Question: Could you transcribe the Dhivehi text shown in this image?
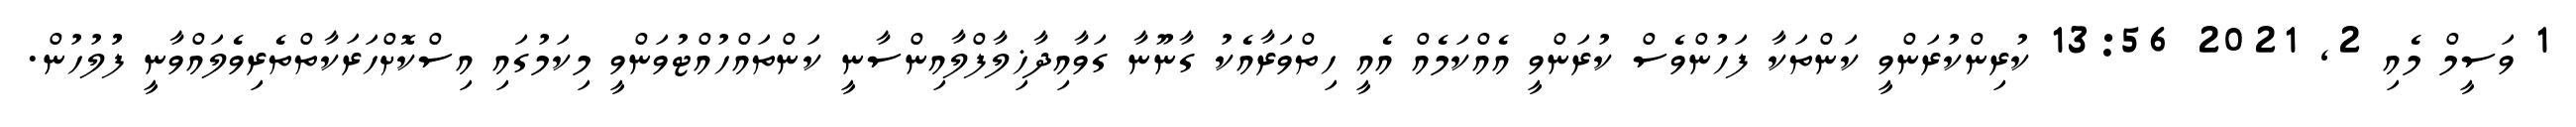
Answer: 1 ވަސީމް މެއި 2, 2021 13:56 ކުރިންކުރަންވީ ކަންތަކާ ފަހުންވެސް ކުރަންވީ އެއްކަމެއް އެއީ ހިތްވަރާއެކު ގާނޫނާ ގަވާއިދާޚިލާފްލާއިންސާނީ ކަންތައްހުއްޓުވަންވީ މިކަމުގައި އިސްކޮށްހަރަކާތްތެރިވެލައްވާނީ ފުުލުހުން.